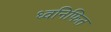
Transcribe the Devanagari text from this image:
ध्वनिफित